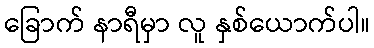
ခြောက် နာရီမှာ လူ နှစ်ယောက်ပါ။